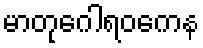
မာတုဂေါရဝကေန